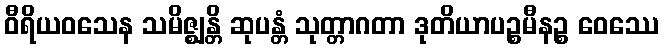
ဝီရိယဝသေန သမိဇ္ဈန္တိ ဆုပန္တံ သုတ္တာဂတာ ဒုတိယာပဉ္စမီနဉ္စ ဝေဿေ